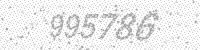
Solution: 995786